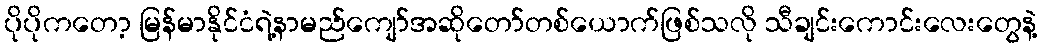
ပိုပိုကတော့ မြန်မာနိုင်ငံရဲ့နာမည်ကျော်အဆိုတော်တစ်ယောက်ဖြစ်သလို သီချင်းကောင်းလေးတွေနဲ့